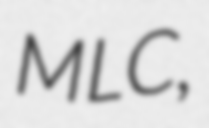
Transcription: MLC,